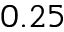
0 . 2 5